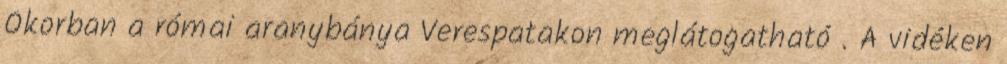
Ókorban a római aranybánya Verespatakon meglátogatható . A vidéken